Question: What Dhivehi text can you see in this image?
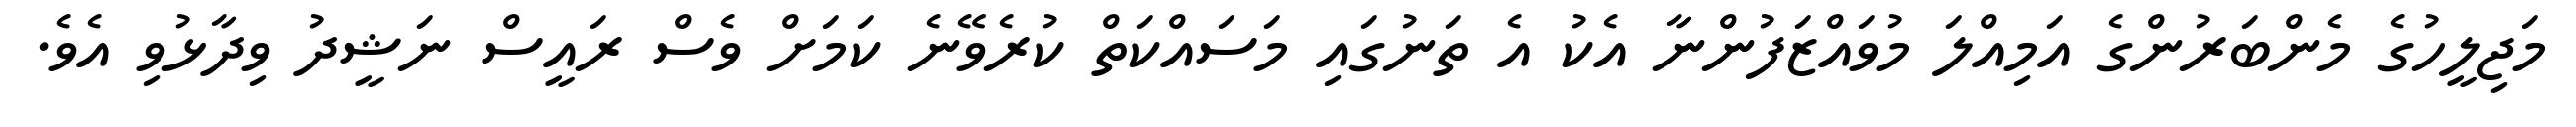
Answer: މަޖިލީހުގެ މެންބަރުންގެ އަމިއްލަ މުވައްޒަފުންނާ އެކު އެ ތަނުގައި މަސައްކަތް ކުރެވޭނެ ކަމަށް ވެސް ރައީސް ނަޝީދު ވިދާޅުވި އެވެ.